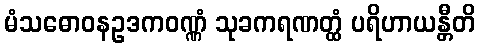
မံသဓောဝနဥဒကဝဏ္ဏံ သုခကရဏတ္ထံ ပရိဟာယန္တီတိ